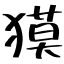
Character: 獏